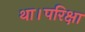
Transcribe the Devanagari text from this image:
था।परिक्षा